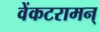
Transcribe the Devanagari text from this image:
वेंकटरामन्